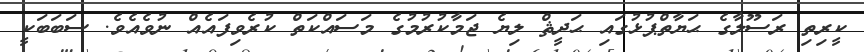
ކީރިތި ރަސޫލާގެ ޙަޔާތްޕުޅުގައި ޙަދީޘް ލިޔެ ޖަމާކުރުމުގެ މަސައްކަތް ކުރެވިފައެއް ނުވެއެވެ. ސަބަބަކީ